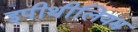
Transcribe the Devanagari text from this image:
इपीथीलियम